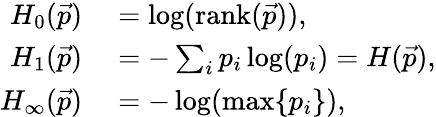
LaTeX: \begin{array}{rl}{H_{0}(\vec{p})}&{{}=\log(\mathrm{rank}(\vec{p})),}\\ {H_{1}(\vec{p})}&{{}=-\sum_{i}p_{i}\log(p_{i})=H(\vec{p}),}\\ {H_{\infty}(\vec{p})}&{{}=-\log(\operatorname*{max}\{ p_{i}\} ),}\end{array}